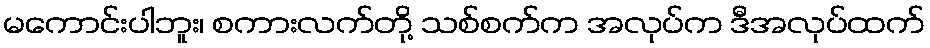
မကောင်းပါဘူး၊ စကားလက်တို့ သစ်စက်က အလုပ်က ဒီအလုပ်ထက်